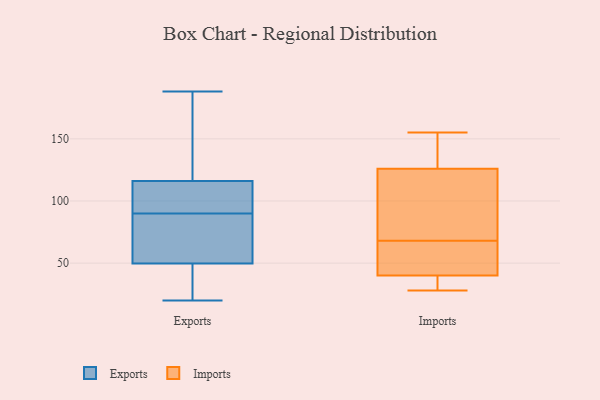
{"axis": {"x": "Active Users", "y": "Value"}, "legend": ["Exports", "Imports"], "data": [{"x": "", "y": 109, "type": "Exports"}, {"x": "", "y": 90, "type": "Exports"}, {"x": "", "y": 188, "type": "Exports"}, {"x": "", "y": 31, "type": "Exports"}, {"x": "", "y": 137, "type": "Exports"}, {"x": "", "y": 49, "type": "Exports"}, {"x": "", "y": 175, "type": "Exports"}, {"x": "", "y": 96, "type": "Exports"}, {"x": "", "y": 92, "type": "Exports"}, {"x": "", "y": 50, "type": "Exports"}, {"x": "", "y": 55, "type": "Exports"}, {"x": "", "y": 56, "type": "Exports"}, {"x": "", "y": 20, "type": "Exports"}, {"x": "", "y": 143, "type": "Imports"}, {"x": "", "y": 28, "type": "Imports"}, {"x": "", "y": 155, "type": "Imports"}, {"x": "", "y": 30, "type": "Imports"}, {"x": "", "y": 148, "type": "Imports"}, {"x": "", "y": 49, "type": "Imports"}, {"x": "", "y": 123, "type": "Imports"}, {"x": "", "y": 126, "type": "Imports"}, {"x": "", "y": 78, "type": "Imports"}, {"x": "", "y": 40, "type": "Imports"}, {"x": "", "y": 62, "type": "Imports"}, {"x": "", "y": 74, "type": "Imports"}, {"x": "", "y": 56, "type": "Imports"}, {"x": "", "y": 40, "type": "Imports"}]}